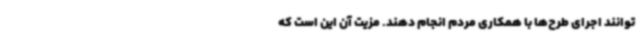
توانند اجرای طرح‌ها با همکاری مردم انجام دهند. مزیت آن این است که